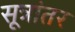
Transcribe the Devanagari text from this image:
सूत्रांतर